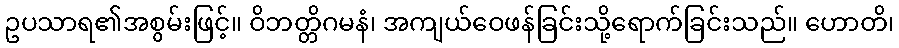
ဥပသာရ၏အစွမ်းဖြင့်။ ဝိဘတ္တိဂမနံ၊ အကျယ်ဝေဖန်ခြင်းသို့ရောက်ခြင်းသည်။ ဟောတိ၊